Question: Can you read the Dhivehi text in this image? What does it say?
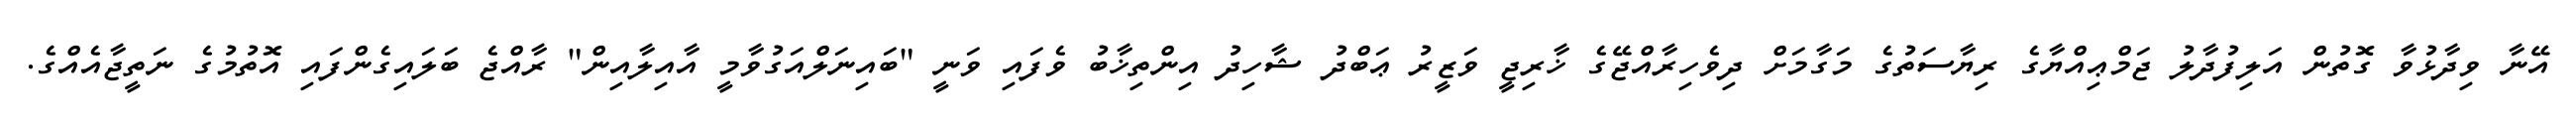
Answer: އޭނާ ވިދާޅުވާ ގޮތުން އަލިފުދާލު ޖަމްޢިއްޔާގެ ރިޔާސަތުގެ މަގާމަށް ދިވެހިރާއްޖޭގެ ޚާރިޖީ ވަޒީރު ޢަބްދު ޝާހިދު އިންތިޚާބު ވެފައި ވަނީ "ބައިނަލްއަގުވާމީ އާއިލާއިން" ރާއްޖެ ބަލައިގެންފައި އޮތުމުގެ ނަތީޖާއެއްގެ.